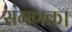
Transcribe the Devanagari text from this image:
संगणक।